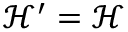
\mathcal { H ^ { \prime } } = \mathcal { H }